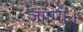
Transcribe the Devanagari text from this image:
जांएगे।